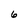
Character: 6